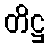
တိဋ္ဌ